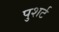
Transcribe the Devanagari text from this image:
पुशर्ट